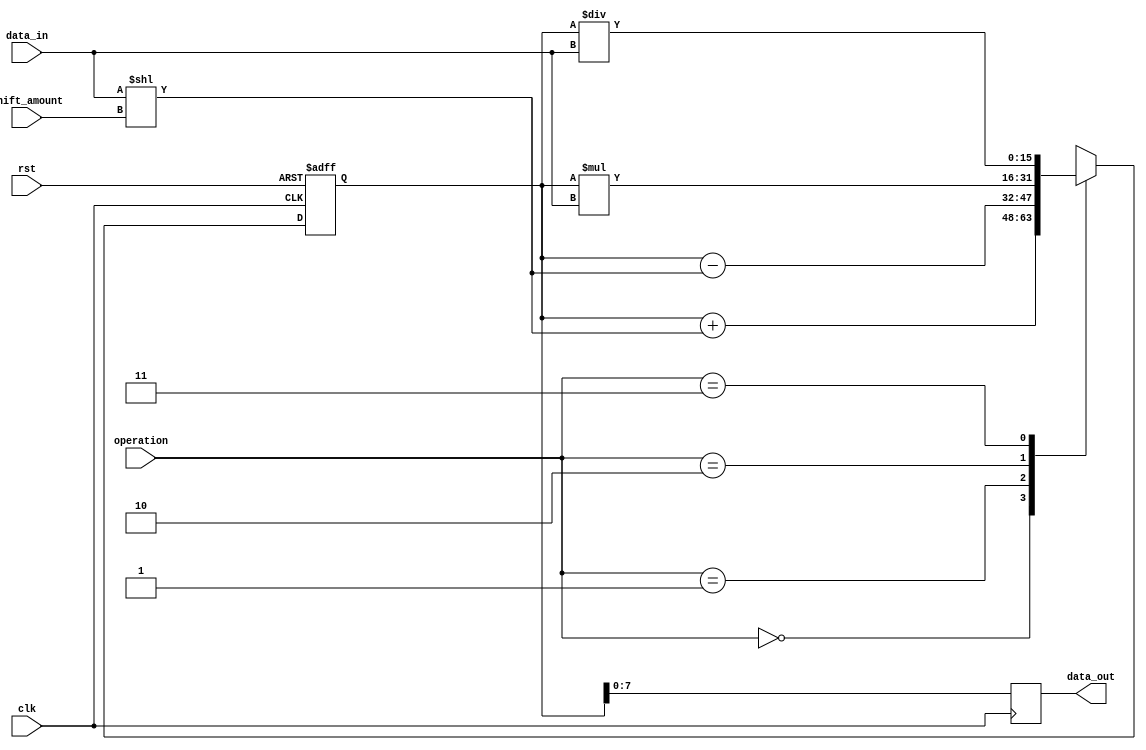
module fixed_point_shift_register(
    input wire clk,
    input wire rst,
    input wire [7:0] data_in,
    input wire [1:0] shift_amount,
    input wire [1:0] operation, // 00 - addition, 01 - subtraction, 10 - multiplication, 11 - division
    output reg [7:0] data_out
);

reg [15:0] data_reg;

always @(posedge clk or posedge rst) begin
    if (rst) begin
        data_reg <= 16'b0; // reset data register
    end else begin
        case(operation)
            2'b00: data_reg <= data_reg + (data_in << shift_amount); // addition
            2'b01: data_reg <= data_reg - (data_in << shift_amount); // subtraction
            2'b10: data_reg <= data_reg * data_in; // multiplication
            2'b11: data_reg <= data_reg / data_in; // division
        endcase
    end
end

always @(posedge clk) begin
    data_out <= data_reg[7:0];
end

endmodule